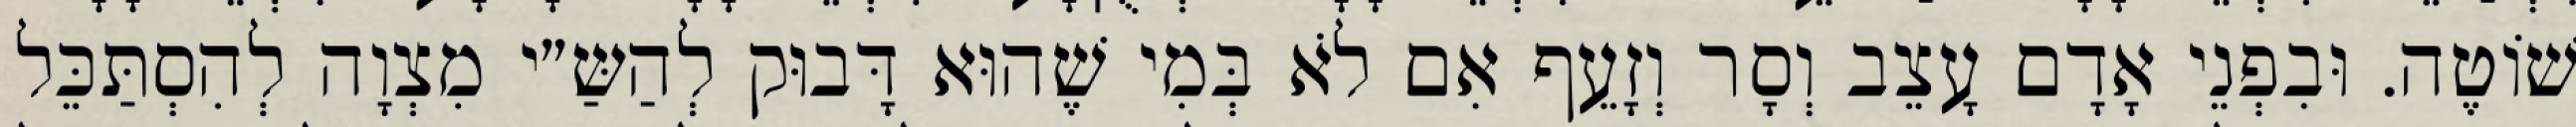
שׁוֹטֶה. וּבִפְנֵי אָדָם עָצֵב וְסָר וְזָעֵף אִם לֹא בְּמִי שֶׁהוּא דָּבוּק לְהַשַּ״י מִצְוָה לְהִסְתַּכֵּל